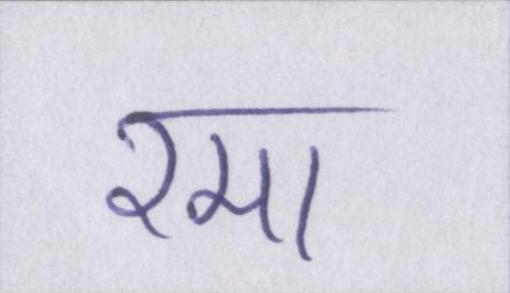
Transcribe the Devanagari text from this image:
रमा